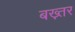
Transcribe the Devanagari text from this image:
बख़्तर